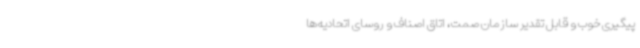
پیگیری خوب و قابل تقدیر سازمان صمت، اتاق اصناف و روسای اتحادیه‌ها